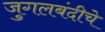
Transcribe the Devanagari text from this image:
जुगलबंदीचे